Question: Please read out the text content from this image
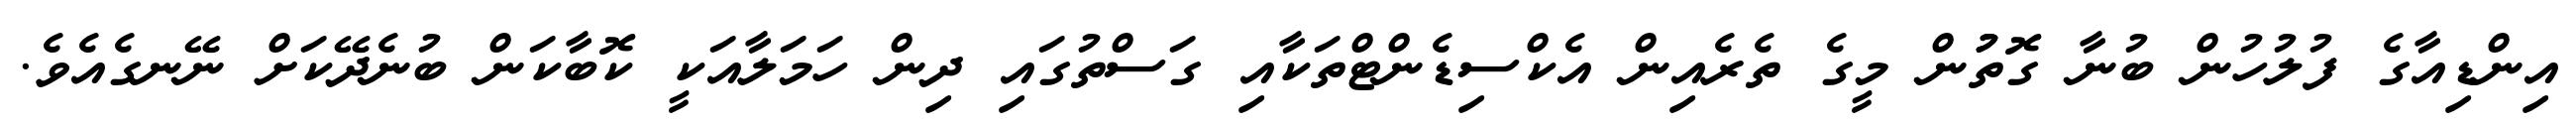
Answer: އިންޑިއާގެ ފުލުހުން ބުނާ ގޮތުުން މީގެ ތެރެއިން އެކްސިޑެންޓްތަކާއި ގަސްތުގައި ދިން ހަމަލާއަކީ ކޮބާކަން ބުނެދޭކަށް ނޭނގެއެވެ.